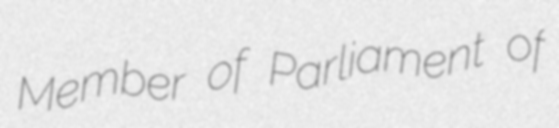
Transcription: Member of Parliament of